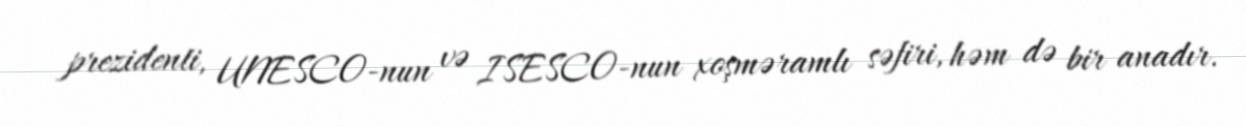
prezidenti, UNESCO-nun və ISESCO-nun xoşməramlı səfiri, həm də bir anadır.